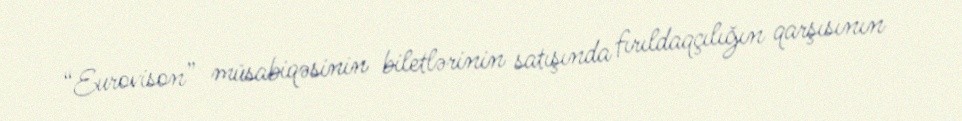
“Eurovison” müsabiqəsinin biletlərinin satışında fırıldaqçılığın qarşısının